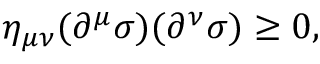
\eta _ { \mu \nu } ( \partial ^ { \mu } \sigma ) ( \partial ^ { \nu } \sigma ) \geq 0 ,